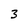
Character: 3